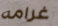
غرامه